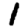
Digit: 1